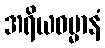
အရိယဓမ္မာနံ